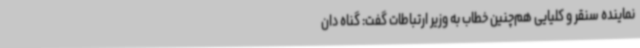
نماینده سنقر و کلیایی هم‌چنین خطاب به وزیر ارتباطات گفت: گناه دان